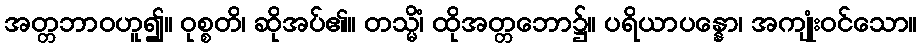
အတ္တဘာဝဟူ၍။ ဝုစ္စတိ၊ ဆိုအပ်၏။ တသ္မိံ၊ ထိုအတ္တဘော၌။ ပရိယာပန္နော၊ အကျုံးဝင်သော။